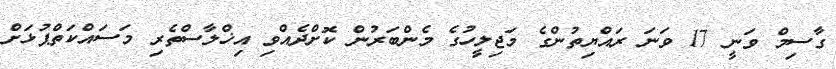
ގާސިމް ވަނީ 17 ވަނަ ރައްޔިތުންގެ މަޖިލީހުގެ މެންބަރުން ކޮށްދެއްވި އިޚްލާސްތެރި މަސައްކަތްޕުޅަށް